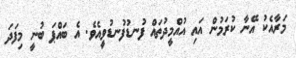
މަރާއެކު އޭނާ ކުރަމުން އައި އުއްމީދުތައް ފުނޑުފުނޑުވީއެވެ. އެ ބައްޕަ ބުނީ މިފަދަ